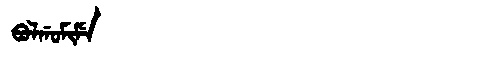
Manchu: ᠪᠣᠯᡤᠣᠮᡳᠮᡝ
Romanization: BOLGOMIME